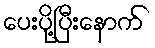
ပေးပို့ပြီးနောက်